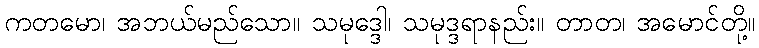
ကတမော၊ အဘယ်မည်သော။ သမုဒ္ဒေါ၊ သမုဒ္ဒရာနည်း။ တာတ၊ အမောင်တို့။